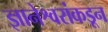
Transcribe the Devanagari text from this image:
ज्ञानेश्वरांकडून